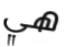
هي